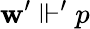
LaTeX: \mathbf{w}^{\prime}\Vdash^{\prime}p